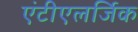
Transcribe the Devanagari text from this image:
एंटीएलर्जिक